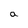
Character: a